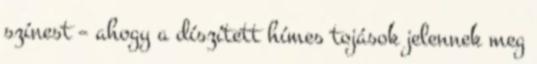
színest – ahogy a díszített hímes tojások jelennek meg